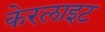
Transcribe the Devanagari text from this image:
केरलाइट